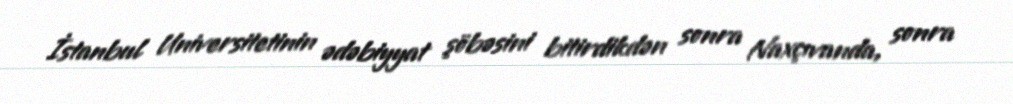
İstanbul Universitetinin ədəbiyyat şöbəsini bitirdikdən sonra Naxçıvanda, sonra